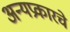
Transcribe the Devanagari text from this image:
अन्यप्रकारचे